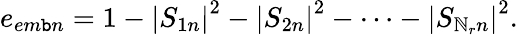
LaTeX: e_{em\mathtt{b}n}=1-\left|S_{1n}\right|^{2}-\left|S_{2n}\right|^{2}-\cdots-\left|S_{\mathbb{N}_{r}n}\right|^{2}.